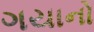
ગયાનો